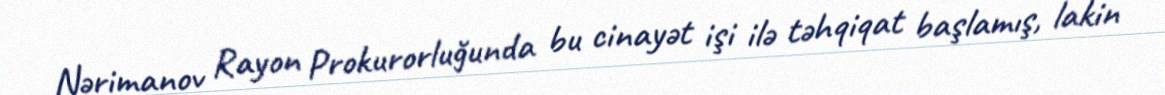
Nərimanov Rayon Prokurorluğunda bu cinayət işi ilə təhqiqat başlamış, lakin